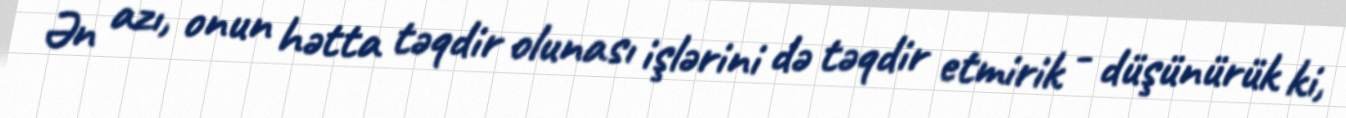
Ən azı, onun hətta təqdir olunası işlərini də təqdir etmirik - düşünürük ki,